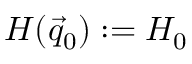
H ( \vec { q } _ { 0 } ) : = H _ { 0 }